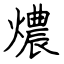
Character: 燶